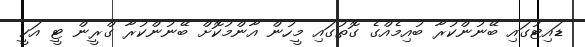
ޑައިޓުގައި ބޭނުންކުރާ ބުއިމެއްގެ ގޮތުގައި މީހުން އާންމުކޮށް ބޭނުންކުރާ ގްރީން ޓީ އަކީ